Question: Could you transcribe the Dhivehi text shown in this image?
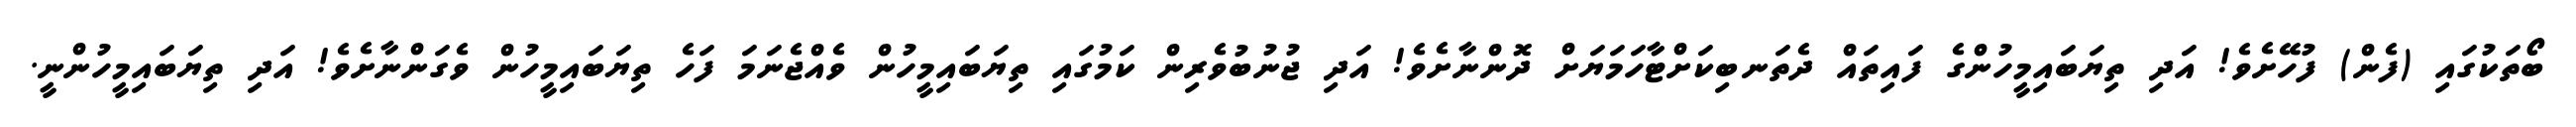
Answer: ބޯތަކުގައި (ފެން) ފުހޭށެވެ! އަދި ތިޔަބައިމީހުންގެ ފައިތައް ދެތަނބިކަށްޓާހަމަޔަށް ދޮންނާށެވެ! އަދި ޖުނުބުވެރިން ކަމުގައި ތިޔަބައިމީހުން ވެއްޖެނަމަ ފަހެ ތިޔަބައިމީހުން ވެގަންނާށެވެ! އަދި ތިޔަބައިމީހުންނީ.